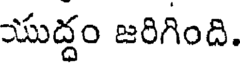
యుద్దం జరిగింది.